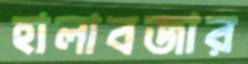
হালাবজার